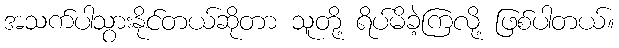
အသက်ပါသွားနိုင်တယ်ဆိုတာ သူတို့ ရိပ်မိခဲ့ကြလို့ ဖြစ်ပါတယ်။